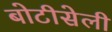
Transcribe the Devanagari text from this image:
बोटीसेली